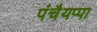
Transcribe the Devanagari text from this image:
पंचैयप्पा